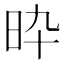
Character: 𣅢